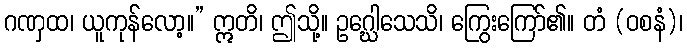
ဂဏှထ၊ ယူကုန်လော့။” ဣတိ၊ ဤသို့။ ဥဂ္ဃေါသေသိ၊ ကြွေးကြော်၏။ တံ (ဝစနံ)၊